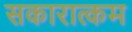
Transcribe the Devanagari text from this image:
सकारात्‍कम